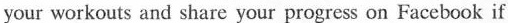
your work out sand share your progress on Facebook if